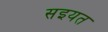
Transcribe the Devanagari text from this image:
सइयत